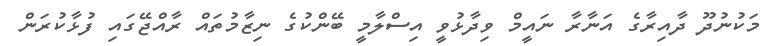
މަކުނުދޫ ދާއިރާގެ އަނާރާ ނައީމް ވިދާޅުވީ އިސްލާމީ ބޭންކުގެ ނިޒާމުތައް ރާއްޖޭގައި ފުޅާކުރަން